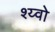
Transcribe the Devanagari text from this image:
श्य्वो